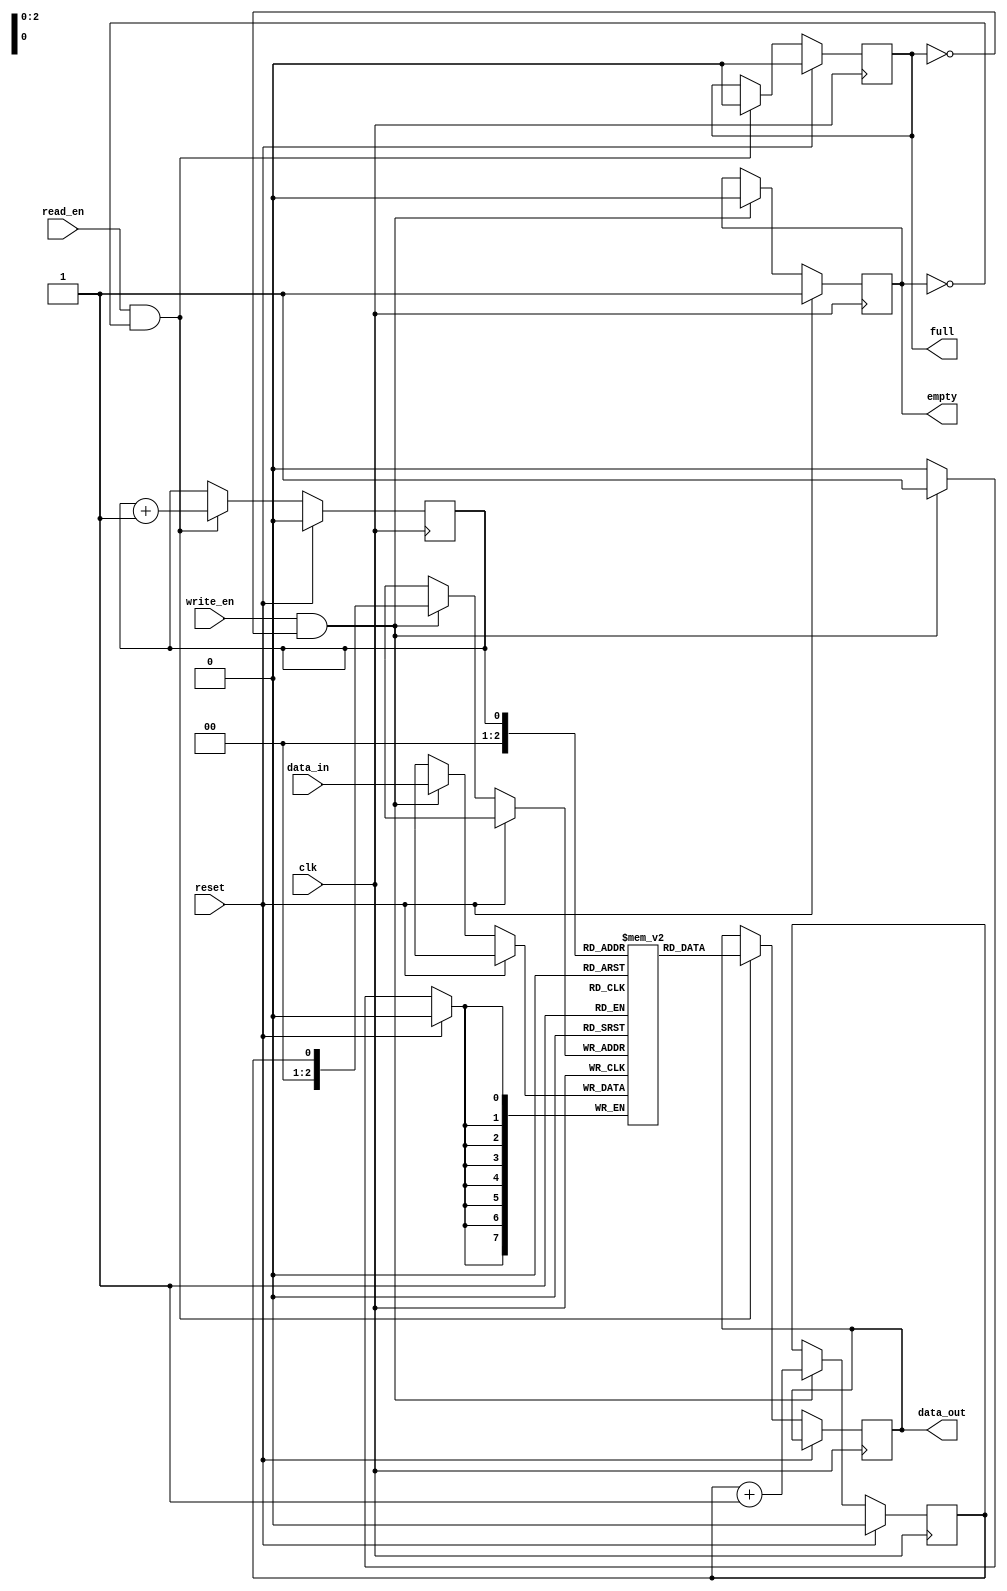
module fifo_buffer(
    input wire clk,
    input wire reset,
    input wire write_en,
    input wire read_en,
    input wire [7:0] data_in,
    output reg [7:0] data_out,
    output reg full,
    output reg empty
);

reg [7:0] buffer [0:7]; // 8-element buffer
reg read_ptr = 0;
reg write_ptr = 0;

always @(posedge clk) begin
    if (reset) begin
        read_ptr <= 0;
        write_ptr <= 0;
        full <= 0;
        empty <= 1;
    end else begin
        if (write_en && !full) begin
            buffer[write_ptr] <= data_in;
            write_ptr <= write_ptr + 1;
            if (write_ptr == 7) begin
                full <= 1;
            end
            empty <= 0;
        end
        
        if (read_en && !empty) begin
            data_out <= buffer[read_ptr];
            read_ptr <= read_ptr + 1;
            if (read_ptr == 7) begin
                empty <= 1;
            end
            full <= 0;
        end
    end
end

endmodule